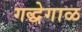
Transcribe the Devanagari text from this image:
गद्धेगाळ